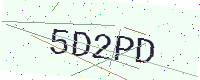
Text: 5D2PD